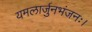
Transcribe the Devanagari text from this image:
यमलार्जुनभंजनः।